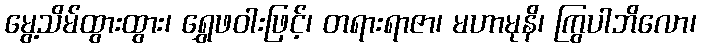
မွေ့သိမ်ထွားထွား၊ ရွှေဖဝါးဖြင့်၊ တရားရာဇာ၊ မဟာမုနိ၊ ကြွပါဘိလော၊